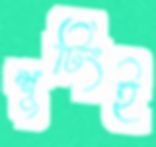
শুটিংই